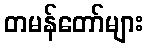
တမန်တော်များ